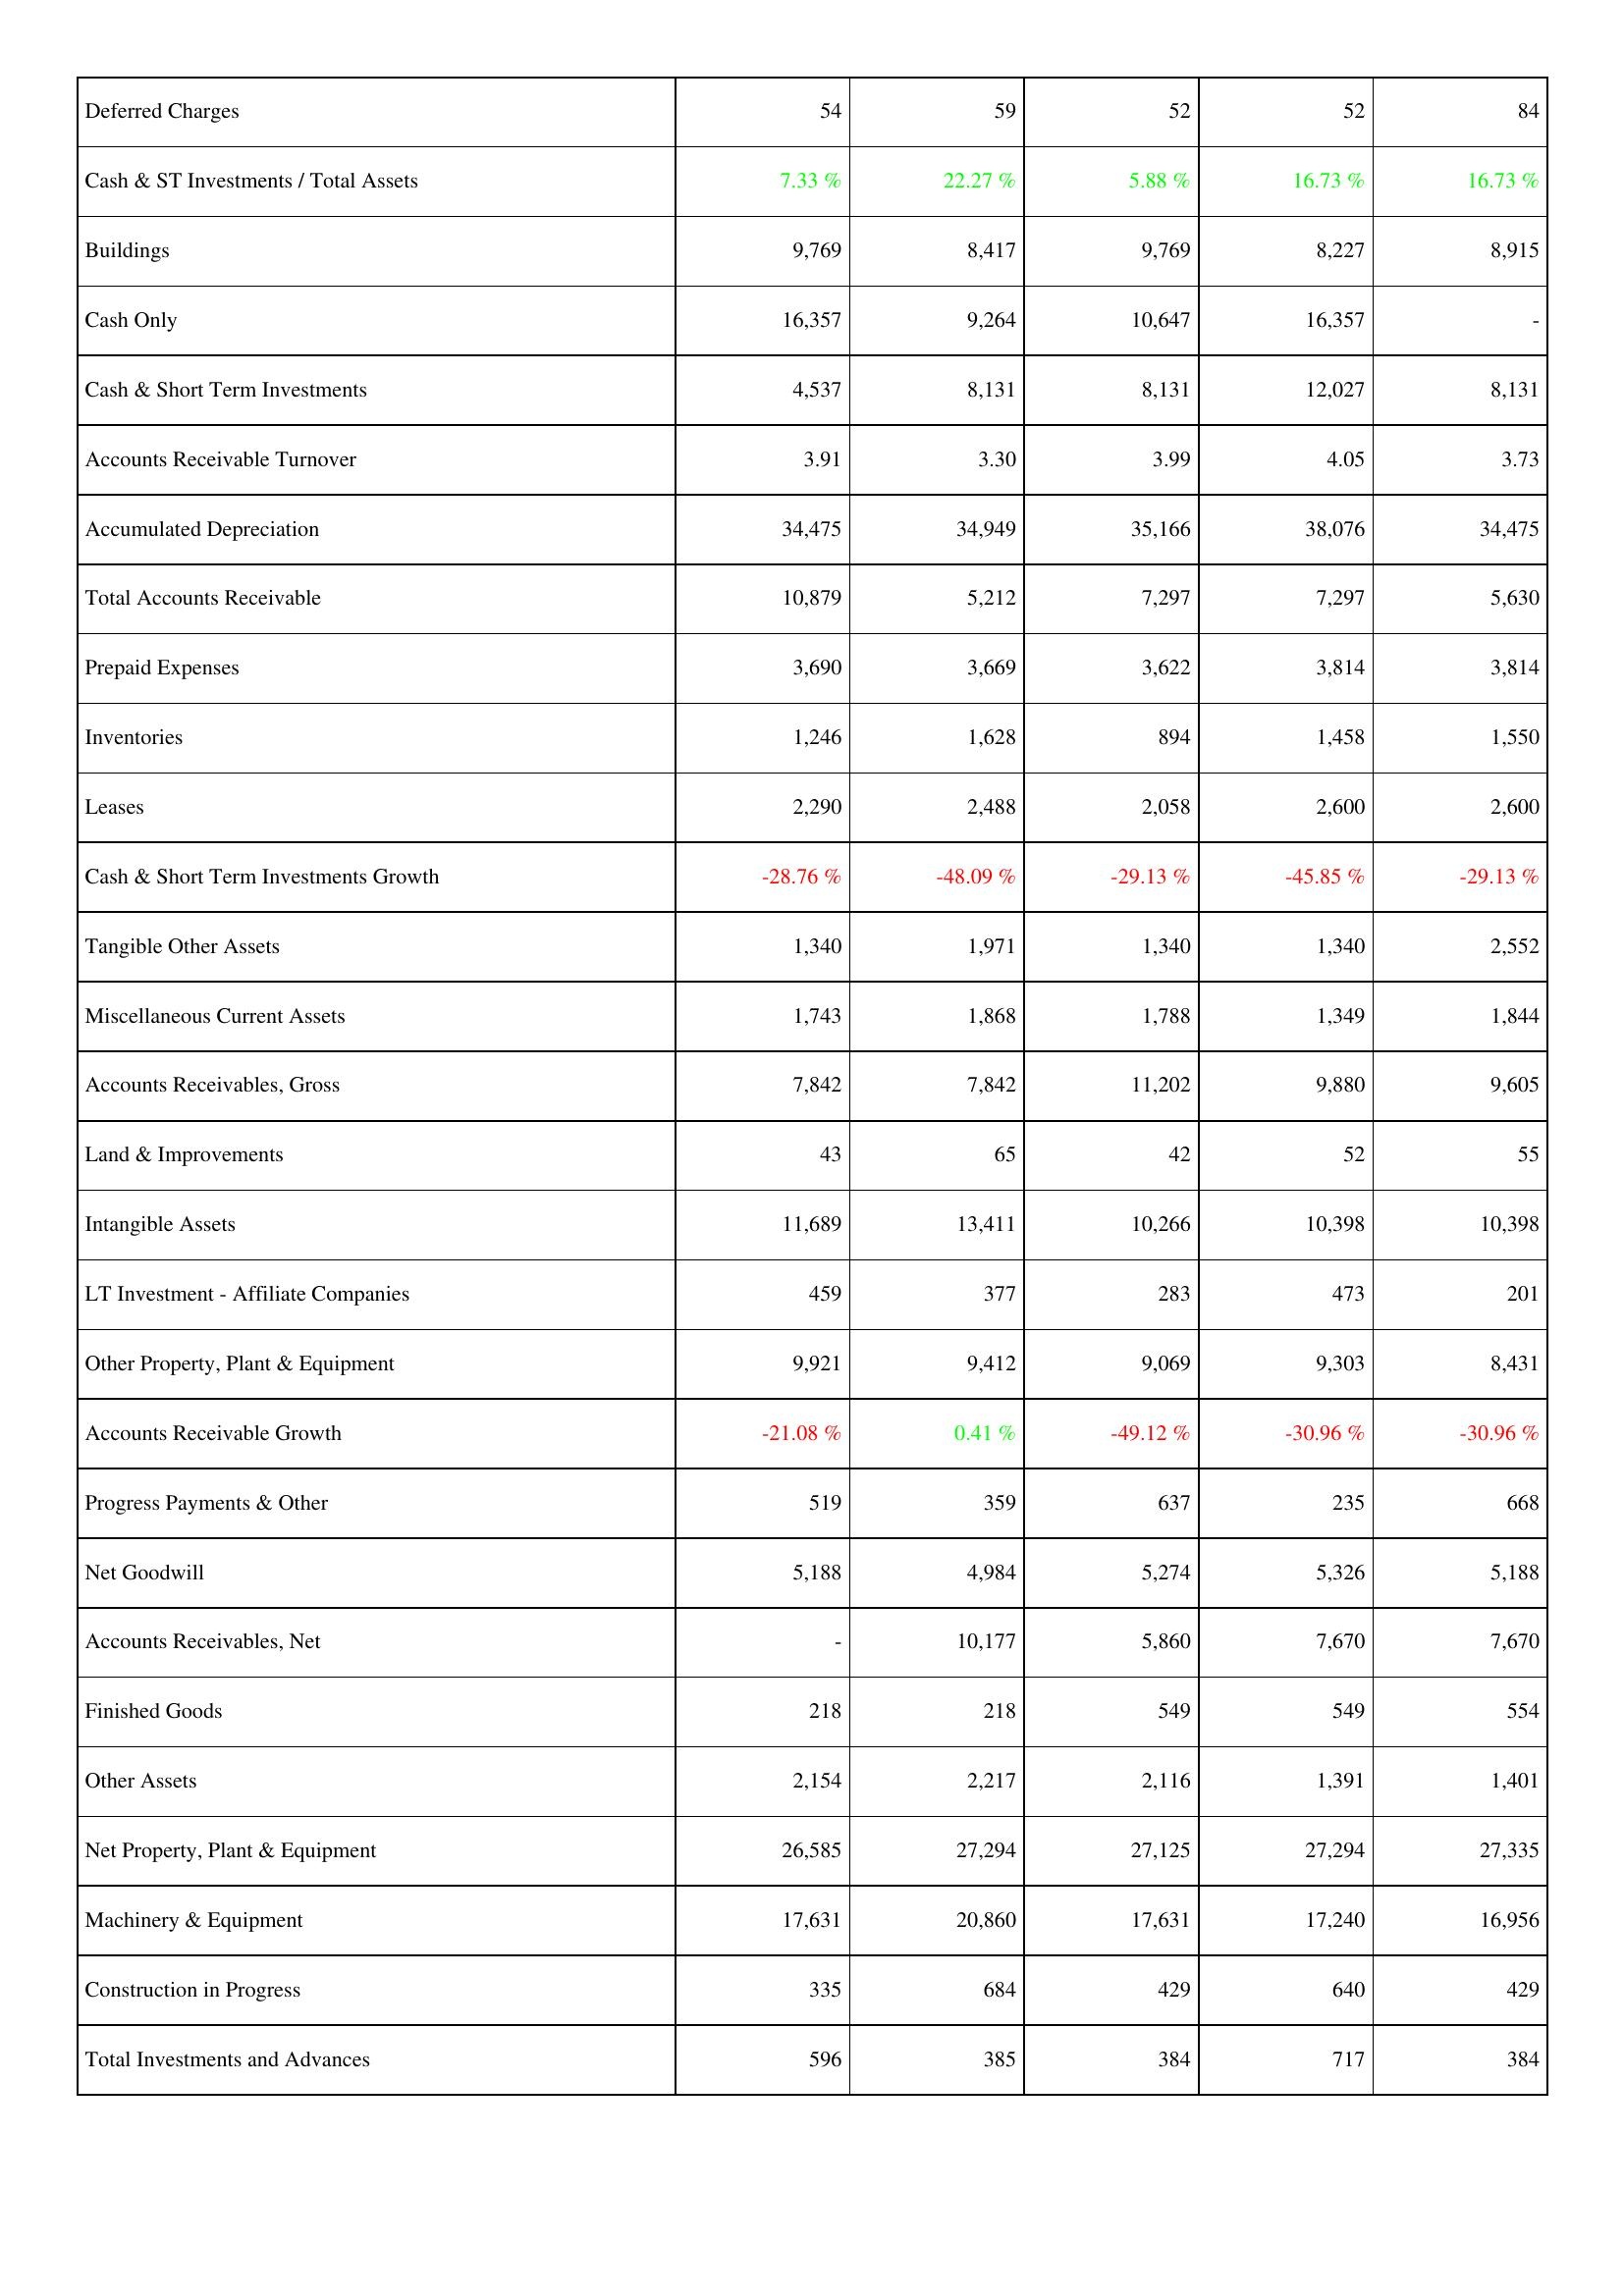
2016: Assets: Deferred Charges: 54
Cash & ST Investments / Total Assets: 7.33 %
Buildings: 9,769
Cash Only: 16,357
Cash & Short Term Investments: 4,537
Accounts Receivable Turnover: 3.91
Accumulated Depreciation: 34,475
Total Accounts Receivable: 10,879
Prepaid Expenses: 3,690
Inventories: 1,246
Leases: 2,290
Cash & Short Term Investments Growth: -28.76 %
Tangible Other Assets: 1,340
Miscellaneous Current Assets: 1,743
Accounts Receivables, Gross: 7,842
Land & Improvements: 43
Intangible Assets: 11,689
LT Investment - Affiliate Companies: 459
Other Property, Plant & Equipment: 9,921
Accounts Receivable Growth: -21.08 %
Progress Payments & Other: 519
Net Goodwill: 5,188
Accounts Receivables, Net: -
Finished Goods: 218
Other Assets: 2,154
Net Property, Plant & Equipment: 26,585
Machinery & Equipment: 17,631
Construction in Progress: 335
Total Investments and Advances: 596
2017: Assets: Deferred Charges: 59
Cash & ST Investments / Total Assets: 22.27 %
Buildings: 8,417
Cash Only: 9,264
Cash & Short Term Investments: 8,131
Accounts Receivable Turnover: 3.30
Accumulated Depreciation: 34,949
Total Accounts Receivable: 5,212
Prepaid Expenses: 3,669
Inventories: 1,628
Leases: 2,488
Cash & Short Term Investments Growth: -48.09 %
Tangible Other Assets: 1,971
Miscellaneous Current Assets: 1,868
Accounts Receivables, Gross: 7,842
Land & Improvements: 65
Intangible Assets: 13,411
LT Investment - Affiliate Companies: 377
Other Property, Plant & Equipment: 9,412
Accounts Receivable Growth: 0.41 %
Progress Payments & Other: 359
Net Goodwill: 4,984
Accounts Receivables, Net: 10,177
Finished Goods: 218
Other Assets: 2,217
Net Property, Plant & Equipment: 27,294
Machinery & Equipment: 20,860
Construction in Progress: 684
Total Investments and Advances: 385
2018: Assets: Deferred Charges: 52
Cash & ST Investments / Total Assets: 5.88 %
Buildings: 9,769
Cash Only: 10,647
Cash & Short Term Investments: 8,131
Accounts Receivable Turnover: 3.99
Accumulated Depreciation: 35,166
Total Accounts Receivable: 7,297
Prepaid Expenses: 3,622
Inventories: 894
Leases: 2,058
Cash & Short Term Investments Growth: -29.13 %
Tangible Other Assets: 1,340
Miscellaneous Current Assets: 1,788
Accounts Receivables, Gross: 11,202
Land & Improvements: 42
Intangible Assets: 10,266
LT Investment - Affiliate Companies: 283
Other Property, Plant & Equipment: 9,069
Accounts Receivable Growth: -49.12 %
Progress Payments & Other: 637
Net Goodwill: 5,274
Accounts Receivables, Net: 5,860
Finished Goods: 549
Other Assets: 2,116
Net Property, Plant & Equipment: 27,125
Machinery & Equipment: 17,631
Construction in Progress: 429
Total Investments and Advances: 384
2019: Assets: Deferred Charges: 52
Cash & ST Investments / Total Assets: 16.73 %
Buildings: 8,227
Cash Only: 16,357
Cash & Short Term Investments: 12,027
Accounts Receivable Turnover: 4.05
Accumulated Depreciation: 38,076
Total Accounts Receivable: 7,297
Prepaid Expenses: 3,814
Inventories: 1,458
Leases: 2,600
Cash & Short Term Investments Growth: -45.85 %
Tangible Other Assets: 1,340
Miscellaneous Current Assets: 1,349
Accounts Receivables, Gross: 9,880
Land & Improvements: 52
Intangible Assets: 10,398
LT Investment - Affiliate Companies: 473
Other Property, Plant & Equipment: 9,303
Accounts Receivable Growth: -30.96 %
Progress Payments & Other: 235
Net Goodwill: 5,326
Accounts Receivables, Net: 7,670
Finished Goods: 549
Other Assets: 1,391
Net Property, Plant & Equipment: 27,294
Machinery & Equipment: 17,240
Construction in Progress: 640
Total Investments and Advances: 717
2020: Assets: Deferred Charges: 84
Cash & ST Investments / Total Assets: 16.73 %
Buildings: 8,915
Cash Only: -
Cash & Short Term Investments: 8,131
Accounts Receivable Turnover: 3.73
Accumulated Depreciation: 34,475
Total Accounts Receivable: 5,630
Prepaid Expenses: 3,814
Inventories: 1,550
Leases: 2,600
Cash & Short Term Investments Growth: -29.13 %
Tangible Other Assets: 2,552
Miscellaneous Current Assets: 1,844
Accounts Receivables, Gross: 9,605
Land & Improvements: 55
Intangible Assets: 10,398
LT Investment - Affiliate Companies: 201
Other Property, Plant & Equipment: 8,431
Accounts Receivable Growth: -30.96 %
Progress Payments & Other: 668
Net Goodwill: 5,188
Accounts Receivables, Net: 7,670
Finished Goods: 554
Other Assets: 1,401
Net Property, Plant & Equipment: 27,335
Machinery & Equipment: 16,956
Construction in Progress: 429
Total Investments and Advances: 384